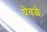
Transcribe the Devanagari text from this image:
येवळे